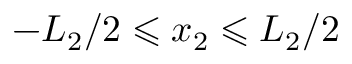
- L _ { 2 } / 2 \leqslant x _ { 2 } \leqslant L _ { 2 } / 2